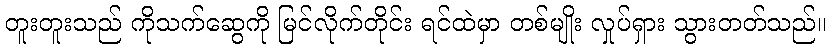
တူးတူးသည် ကိုသက်ဆွေကို မြင်လိုက်တိုင်း ရင်ထဲမှာ တစ်မျိုး လှုပ်ရှား သွားတတ်သည်။